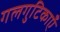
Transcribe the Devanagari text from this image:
गलगुटिकाएँ